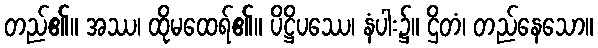
တည်၏။ အဿ၊ ထိုမထေရ်၏။ ပိဋ္ဌိပဿေ၊ နံပါး၌။ ဌိတံ၊ တည်နေသော။